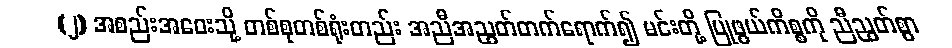
(၂) အစည်းအဝေးသို့ တစ်စုတစ်ရုံးတည်း အညီအညွတ်တက်ရောက်၍ မင်းတို့ ပြုဖွယ်ကိစ္စကို ညီညွတ်စွာ